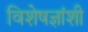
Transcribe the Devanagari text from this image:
विशेषज्ञांशी